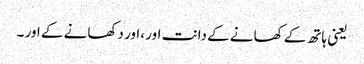
یعنی ہاتھ کے کھانے کے دانت اور ،اور دکھانے کے اور ۔